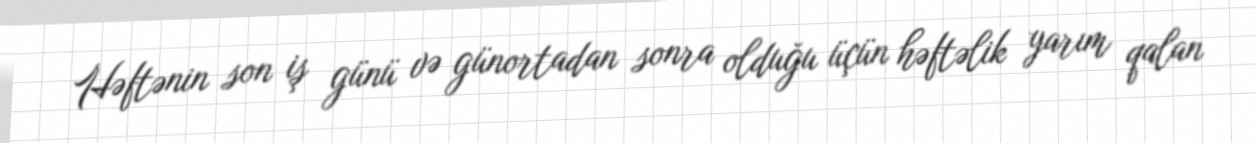
Həftənin son iş günü və günortadan sonra olduğu üçün həftəlik yarım qalan